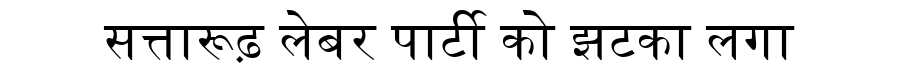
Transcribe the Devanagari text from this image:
सत्तारूढ़ लेबर पार्टी को झटका लगा